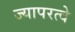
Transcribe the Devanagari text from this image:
ज्यापरत्वे